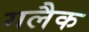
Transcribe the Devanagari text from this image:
गलैक